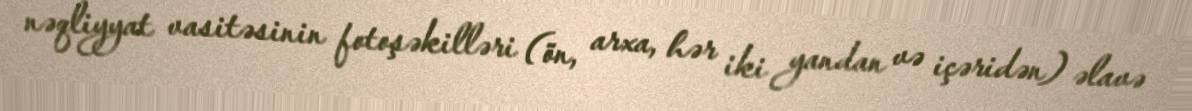
nəqliyyat vasitəsinin fotoşəkilləri (ön, arxa, hər iki yandan və içəridən) əlavə